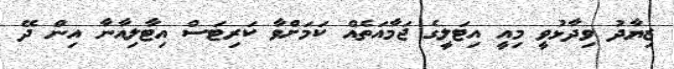
ޒިޔާދު ވިދާޅުވީ މިއީ އިޓަލީގެ ޖަމާއަތެއް ކަމަށްވާ ކަރިޓަސް އިޓާލިއާނާ އިން ދޭ